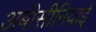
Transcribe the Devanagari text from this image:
अबीसीनियाई